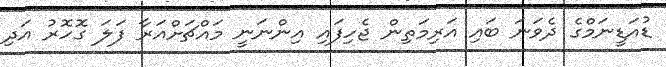
ޑުއަޑީނަމްގެ ދެވަނަ ބައި އަރިމަތިން ޖެހިފައި އިންނަނީ މައްޗަށްއަރާ ފަލަ ގޮހޮރު އަދި